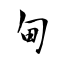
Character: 甸